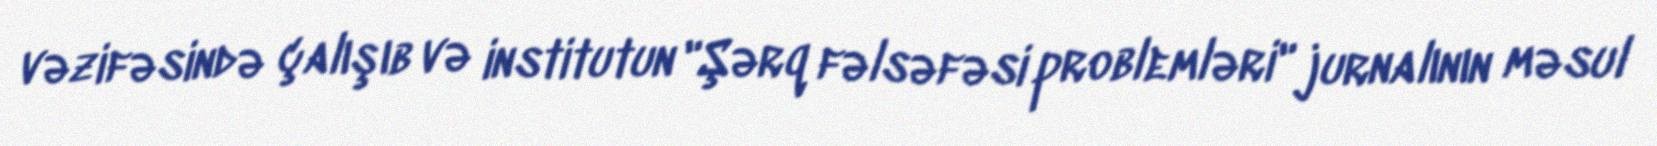
vəzifəsində çalışıb və institutun "Şərq fəlsəfəsi problemləri" jurnalının məsul